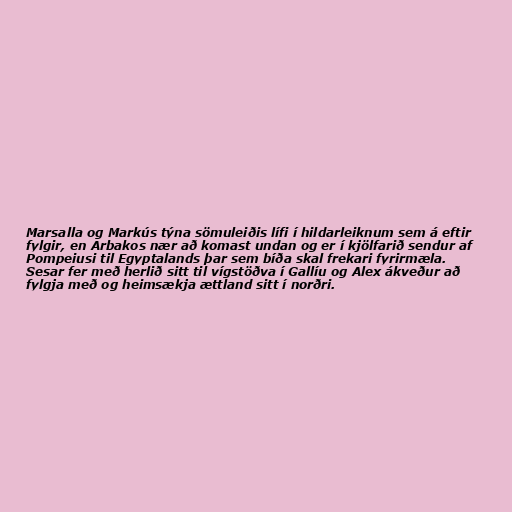
Marsalla og Markús týna sömuleiðis lífi í hildarleiknum sem á eftir
fylgir, en Arbakos nær að komast undan og er í kjölfarið sendur af
Pompeiusi til Egyptalands þar sem bíða skal frekari fyrirmæla.
Sesar fer með herlið sitt til vígstöðva í Gallíu og Alex ákveður að
fylgja með og heimsækja ættland sitt í norðri.